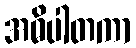
အဓိပါတကာ